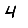
Digit: 4